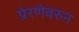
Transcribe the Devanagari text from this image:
प्रेरणेवरुन